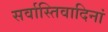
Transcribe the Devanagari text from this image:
सर्वास्तिवादिनां